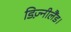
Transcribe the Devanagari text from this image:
डिज़्नीलैंड।